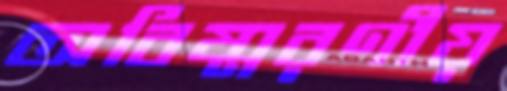
অবিষ্মরণীয়